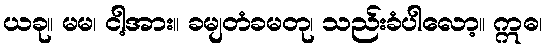
ယခု။ မမ၊ ငါ့အား။ ခမျတံခမတု၊ သည်းခံပါလော့။ ဣဓ၊